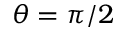
\theta = \pi / 2